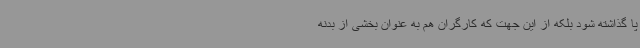
پا گذاشته شود بلکه از این جهت که کارگران هم به عنوان بخشی از بدنه